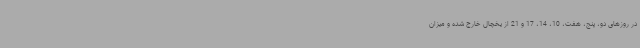
در روزهای دو، پنج، هفت، 10، 14، 17 و 21 از یخچال خارج شده و میزان